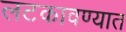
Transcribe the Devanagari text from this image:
लटकावण्यात